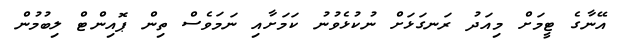
އޭނާގެ ޓީމަށް މިއަދު ރަނގަޅަށް ނުކުޅެވުނު ކަމަށާއި ނަމަވެސް ތިން ޕޮއިންޓް ލިބުމުން